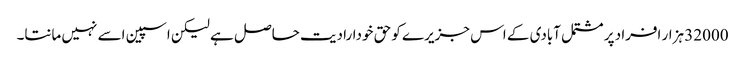
32000 ہزار افراد پر مشتمل آبادی کے اس جزیرے کو حق خودارادیت حاصل ہے لیکن اسپین اسے نہیں مانتا۔